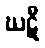
ဃဋီ